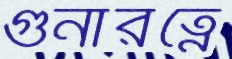
গুনারত্নে